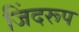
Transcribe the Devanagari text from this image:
जिंदरूप